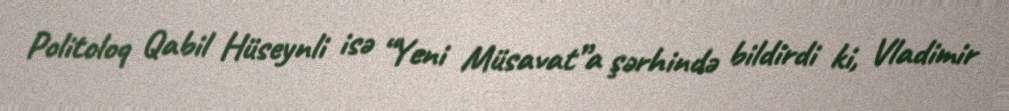
Politoloq Qabil Hüseynli isə “Yeni Müsavat”a şərhində bildirdi ki, Vladimir